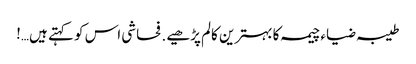
طیبہ ضیاء چیمہ کا بہترین کالم پڑھیے . فحاشی اس کو کہتے ہیں…!